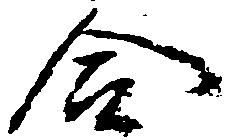
合